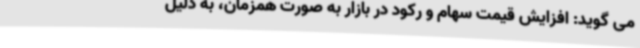
می گوید: افزایش قیمت سهام و رکود در بازار به صورت همزمان، به دلیل